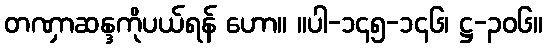
တဏှာဆန္ဒကိုပယ်ရန် ဟော။ ။ပါ-၁၄၅-၁၄၆၊ ဋ္ဌ-၃၀၆။